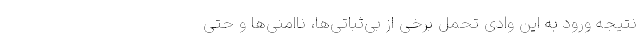
نتیجه ورود به این وادی تحمل برخی از بی‌ثباتی‌ها، نا‌امنی‌ها و حتی